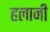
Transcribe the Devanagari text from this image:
हलानी